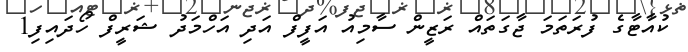
ކުއާޓާގެ ފުރަތަމަ ޖާގަތައް ރަޒީން ސާމިއު އަފީފް އަދި އަހްމަދު ޝަރީފް ހޯދައިފި1